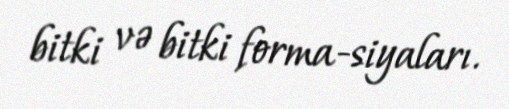
bitki və bitki forma-siyaları.